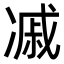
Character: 𠗼